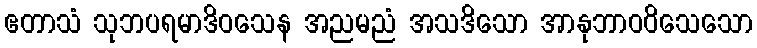
ဧတာသံ သုဘပရမာဒိဝသေန အညမညံ အသဒိသော အာနုဘာဝဝိသေသော